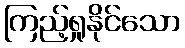
ကြည့်ရှုနိုင်သော